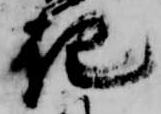
記